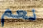
نعم